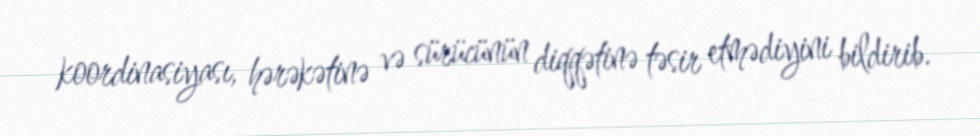
koordinasiyası, hərəkətinə və sürücünün diqqətinə təsir etmədiyini bildirib.